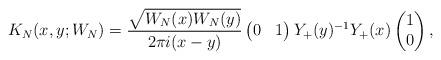
LaTeX: \begin{align*} K_{N}(x,y; W_N)= \frac{\sqrt{W_N(x) W_N(y)}}{2\pi i(x-y)} \begin{pmatrix} 0& 1 \end{pmatrix}Y_+(y)^{-1}Y_+(x)\begin{pmatrix} 1\\ 0 \end{pmatrix},\end{align*}